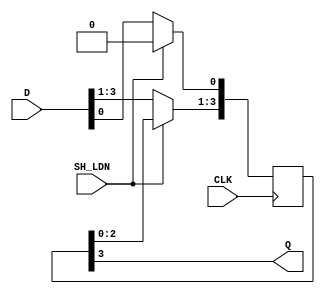
//CH2_4PISO.V

module CH2_4PISO(
	CLK, SH_LDN,
	D, Q
);

input CLK, SH_LDN;
input [3:0]D;
output Q;

reg [3:0]BUFF;
wire Q;


always @(posedge CLK)
begin
	if(~SH_LDN)
		BUFF=D;
	else
		begin
			BUFF[3:1]=BUFF[2:0];
			BUFF[0]=1'b0;
		end
end

assign Q=BUFF[3];

endmodule